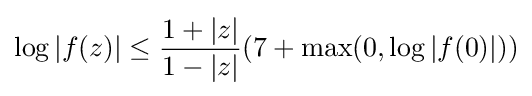
\log |f(z)|\leq {\frac {1+|z|}{1-|z|}}(7+\max(0,\log |f(0)|))